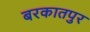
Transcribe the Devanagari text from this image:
बरकातपुर